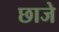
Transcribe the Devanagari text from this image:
छाजे